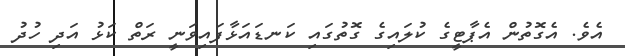
އެވެ. އެގޮތުން އެޕާޓީގެ ކުލައިގެ ގޮތުގައި ކަނޑައަޅާފައިވަނީ ރަތް ކަޅު އަދި ހުދު